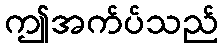
ဤအက်ပ်သည်